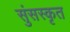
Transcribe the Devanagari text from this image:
सुंसस्कृत